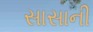
સાસાની